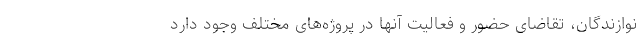
نوازندگان، تقاضای حضور و فعالیت آنها در پروژه‌های مختلف وجود دارد